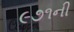
૯૭૧ની